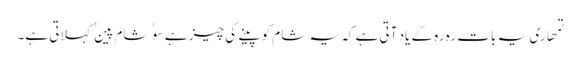
تمھاری یہ بات رہ رہ کے یاد آتی ہے کہ یہ شام کو پینے کی چیز ہے سو ٰ ٰ شام پین ٰ ٰ کہلاتی ہے۔